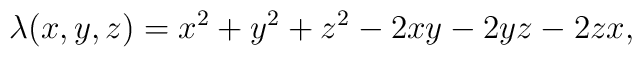
\lambda(x,y,z)= x^2 + y^2 + z^2 - 2xy - 2yz - 2zx ,